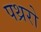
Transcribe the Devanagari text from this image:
पथ्ररो